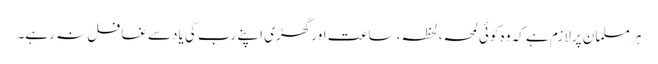
ہر مسلمان پرلازم ہے کہ وہ کوئی لمحہ،لحظہ، ساعت اور گھڑی اپنے رب کی یادسے غافل نہ رہے۔